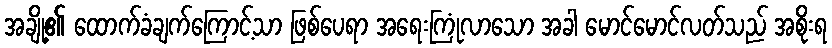
အချို့၏ ထောက်ခံချက်ကြောင့်သာ ဖြစ်ပေရာ အရေးကြုံလာသော အခါ မောင်မောင်လတ်သည် အစိုးရ